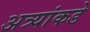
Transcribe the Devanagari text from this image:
अत्र्यांकडे